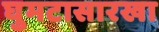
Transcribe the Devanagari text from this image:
घुमटासारखा